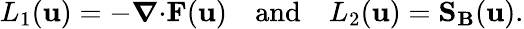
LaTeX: L_{1}(\mathbf{u})=-\boldsymbol{\nabla}{\cdot}\mathbf{F}(\mathbf{u})\quad\mathrm{and}\quad L_{2}(\mathbf{u})=\mathbf{S_{B}}(\mathbf{u}).